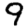
Digit: 9